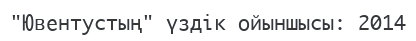
"Ювентустың" үздік ойыншысы: 2014